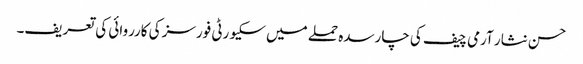
حسن نثار آرمی چیف کی چارسدہ حملے میں سکیورٹی فورسز کی کارروائی کی تعریف۔